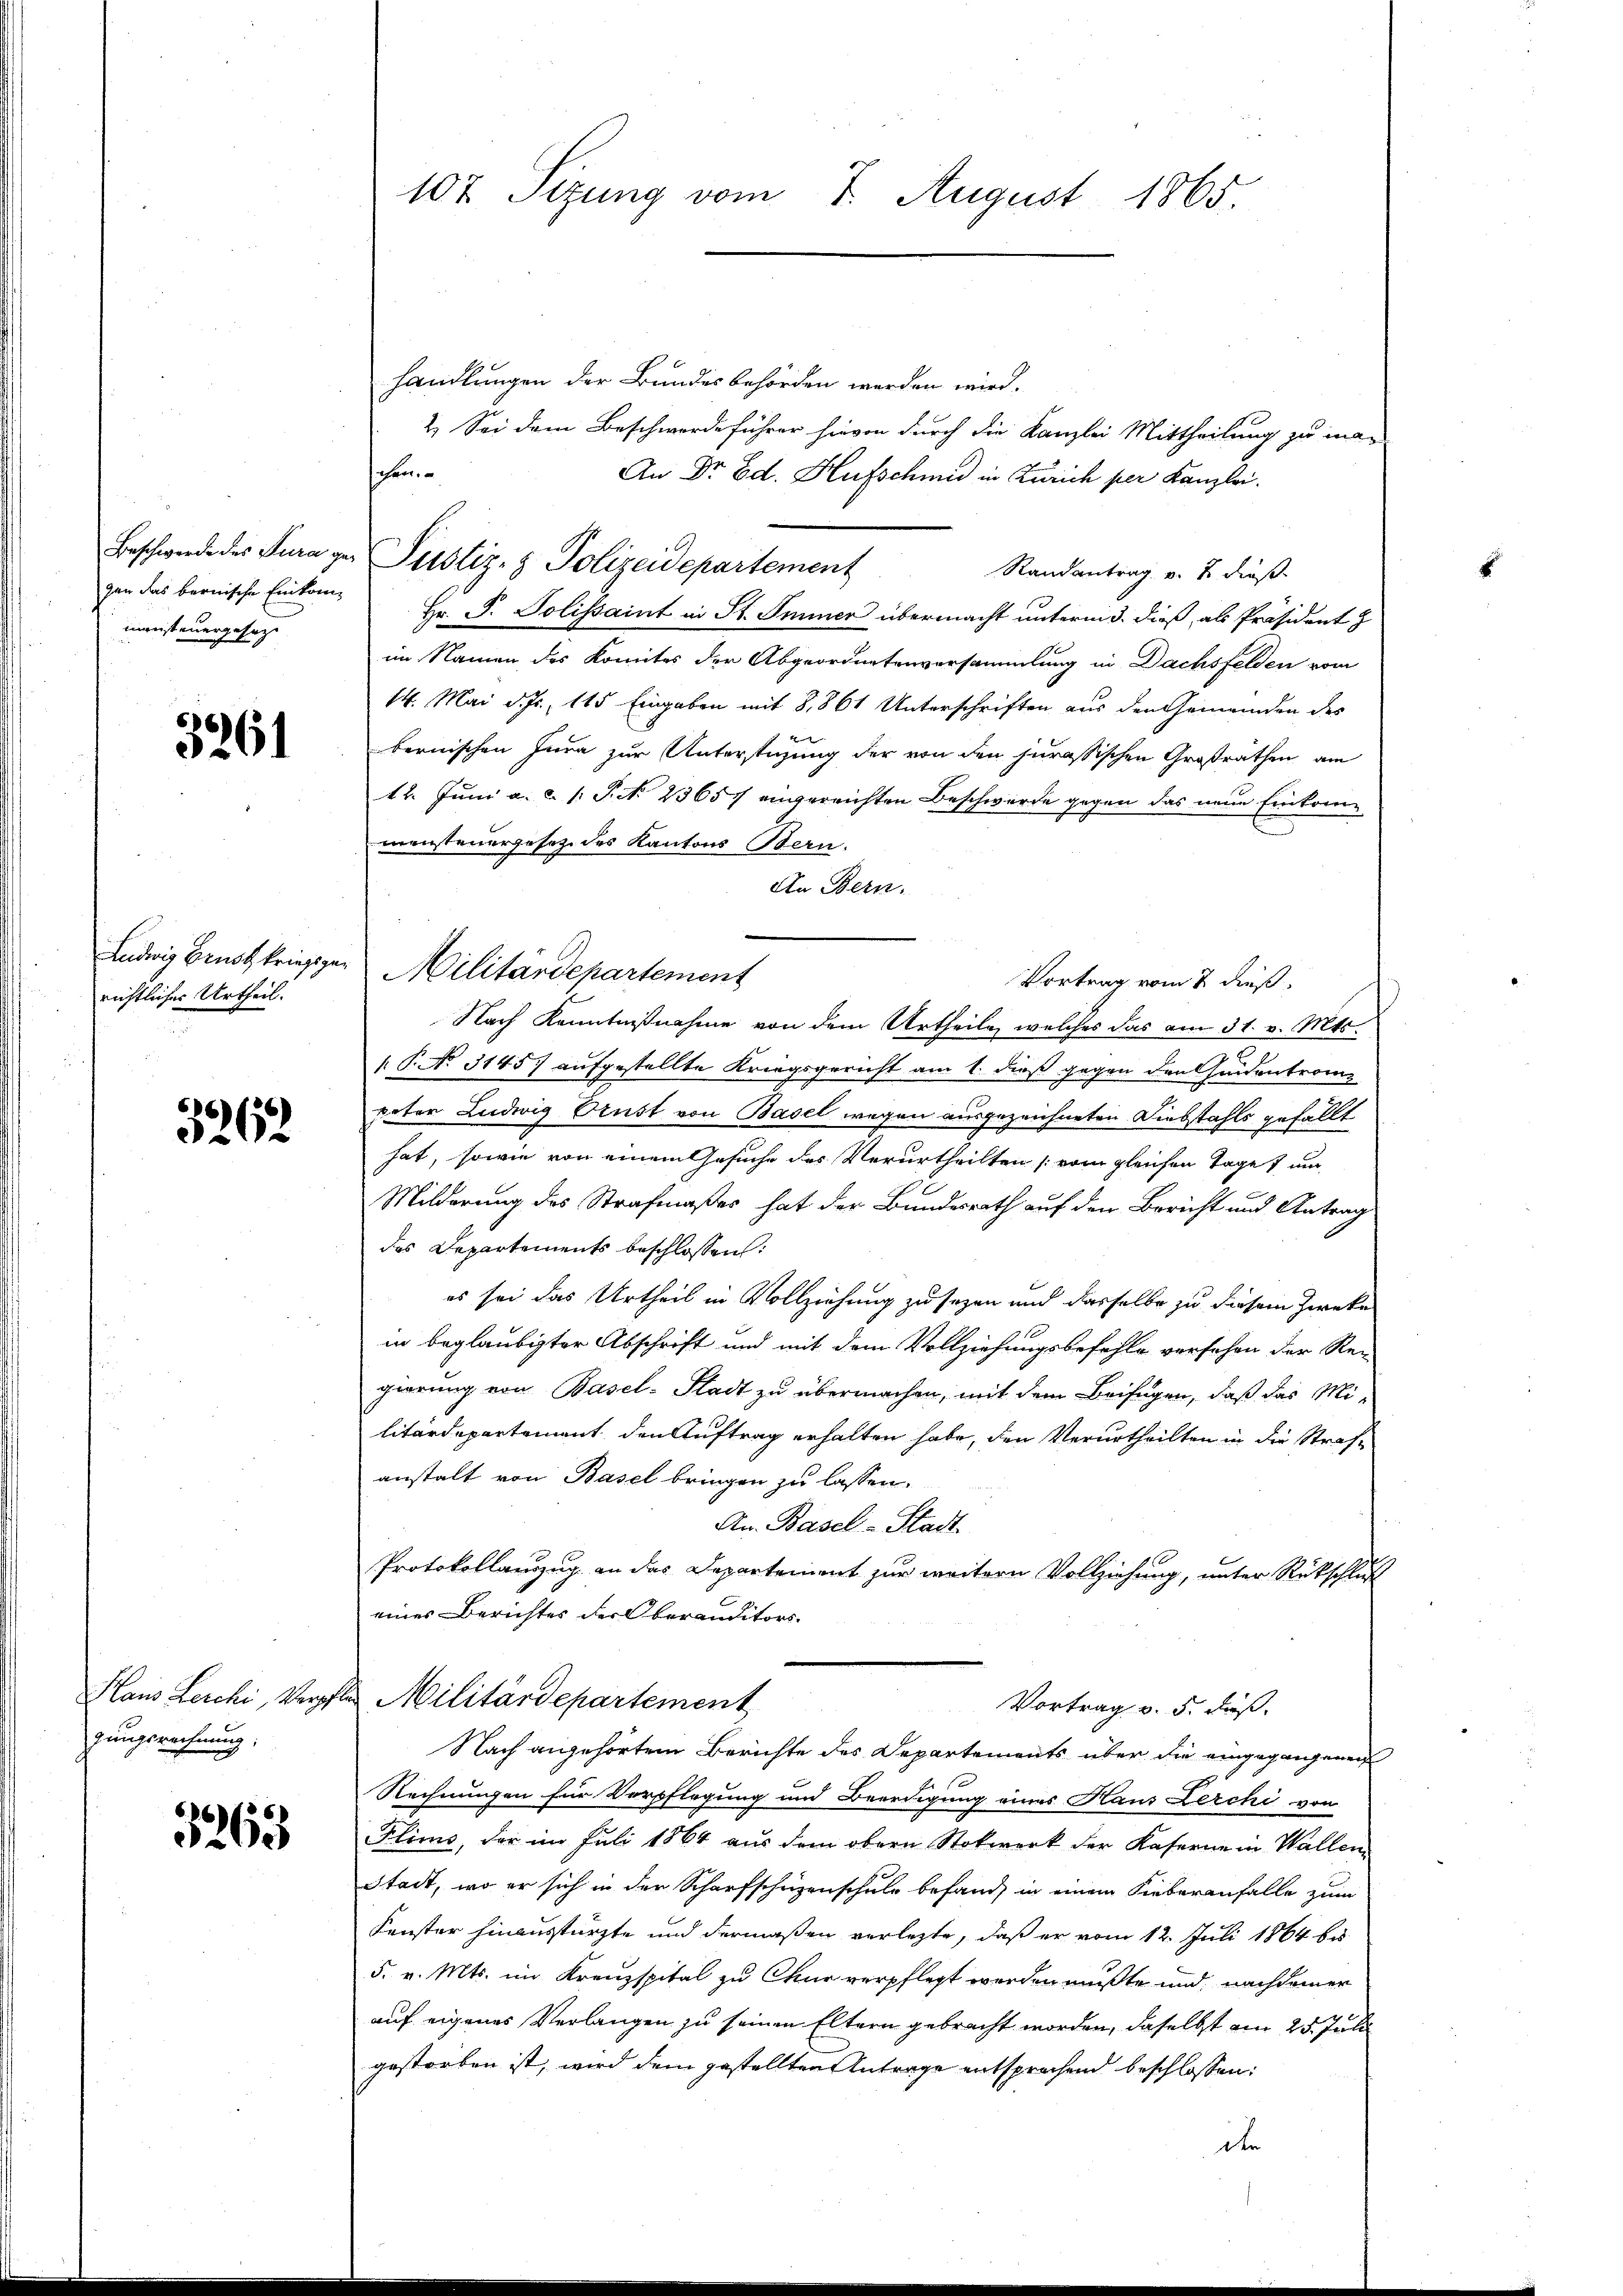
mensteuergesezt

3261

richtliches Urtheil.

3262

Hans Lerchi, Verpf
gungsrechnung:

5263

107 Sizung vom 7. August 1865.

handlungen der Bundesbehörden werden wird.
2. Sei dem Beschwerdeführer hievon durch die Kanzlei Mittheilung zu ma-
An Dr. Ed. Hufschmid in Zürich per Kanzlei.
Randantrag v. J. dieß
gan das bernische Eintree Hr. P. Solissaint in St. Immer übermacht unterm 3. dieß, als Präsident z
im Namen des Komites der Abgeordnetenversammlung in Dachsfelden vom
14. Mai d. Js., 115 Eingaben mit 8,861 Unterschriften aus den Gemeinden des
bernischen Iuna zur Unterstüzung der von den jurassischen Großräthen am
12. Juni a. c. s. S. 23657 eingereichten Beschwerde gegen das neue Einkommensteuergesetz des Kantons Bern.
An Bern.
Vortrag vom 2. dieß
Nach Kenntnißnahme von dem Urtheile, welches das am 31. v. Mts.
 P. No 31457 aufgestellte Kriegsgericht am 1. dieß gegen den findentrom-
pator Ludwig Orust von Basel wegen ausgezeichneten Diebstahls gefällt
hat, sowie von einem Gesuche des Verurtheilten [vom gleichen Tage und
Milderung des Strafmaßes hat der Bundesrath auf den Bericht und Antrag
des Departements beschlossen:
es sei das Urtheil in Vollziehung zu seyen und dasselbe zu diesem Zwecke
in beglaubigter Abschrift und mit dem Vollziehungsbefehle verschen der Re-
gierung von Basel-Stadt zu übermachen, mit dem Beifügen, daß das Mi-
litärdepartement den Auftrag erhalten habe, den Verurtheilten in die Strafe
anstalt von Basel bringen zu lassen.
An. Basel-Stadt
Protokollauszug an das Departement zur weitern Vollziehung, unter Rückschluß
eines Berichtes der Oberanditors.
An Militärdepartement
Vortrag v. 5. Fuß.
Nach angehörtem Berichte des Departements über die eingegangenen
Rechnungen für Verpflegung und Beerdigung eines Haus Lerchi von
Flims, der im Juli 1864 aus dem obern Stockwerk der Kaserne in Wallen
Stadt, wo er sich in der Scharfschrizenschule befand, in einem Sieber anfalle zum
Fenster hinaustürzte und dermaßen verletzte, daß er vom 12. Juli 1864 bis
5. v. Mts. im Kreuzspital zu Chur verpflegt werden mußte und nachdemer
auf eigenes Verlangen zu seinen Eltern gebracht worden, daselbst am 25. Juli
gestorben ist, wird dem gestellten Antrage entsprechend beschlossen:

o
Beschwerde des Jura per Justiz- & Polizeidepartement

Ludwig Brustkriegen Militärdepartement

E